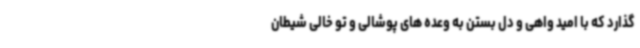
گذارد که با امید واهی و دل بستن به وعده های پوشالی و تو خالی شیطان